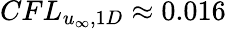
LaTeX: CFL_{u_{\infty},1D}\approx 0.016